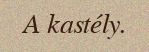
A kastély.